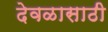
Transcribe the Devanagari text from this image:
देवळासाठी